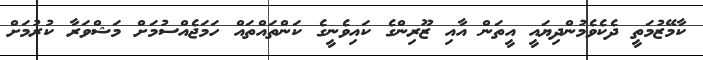
ކާމޭޒުމަތީ ދެކެވެމުންދިޔައީ އީތަން އާއި ޒޫރިންގެ ކައިވެނީގެ ކަންތައްތައް ހަމަޖެއްސުމަށް މަޝްވަރާ ކުރުމަށް